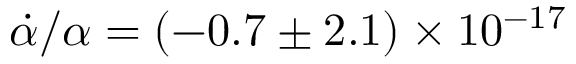
{ \dot { \alpha } } / \alpha = ( - 0 . 7 \pm 2 . 1 ) \times 1 0 ^ { - 1 7 }